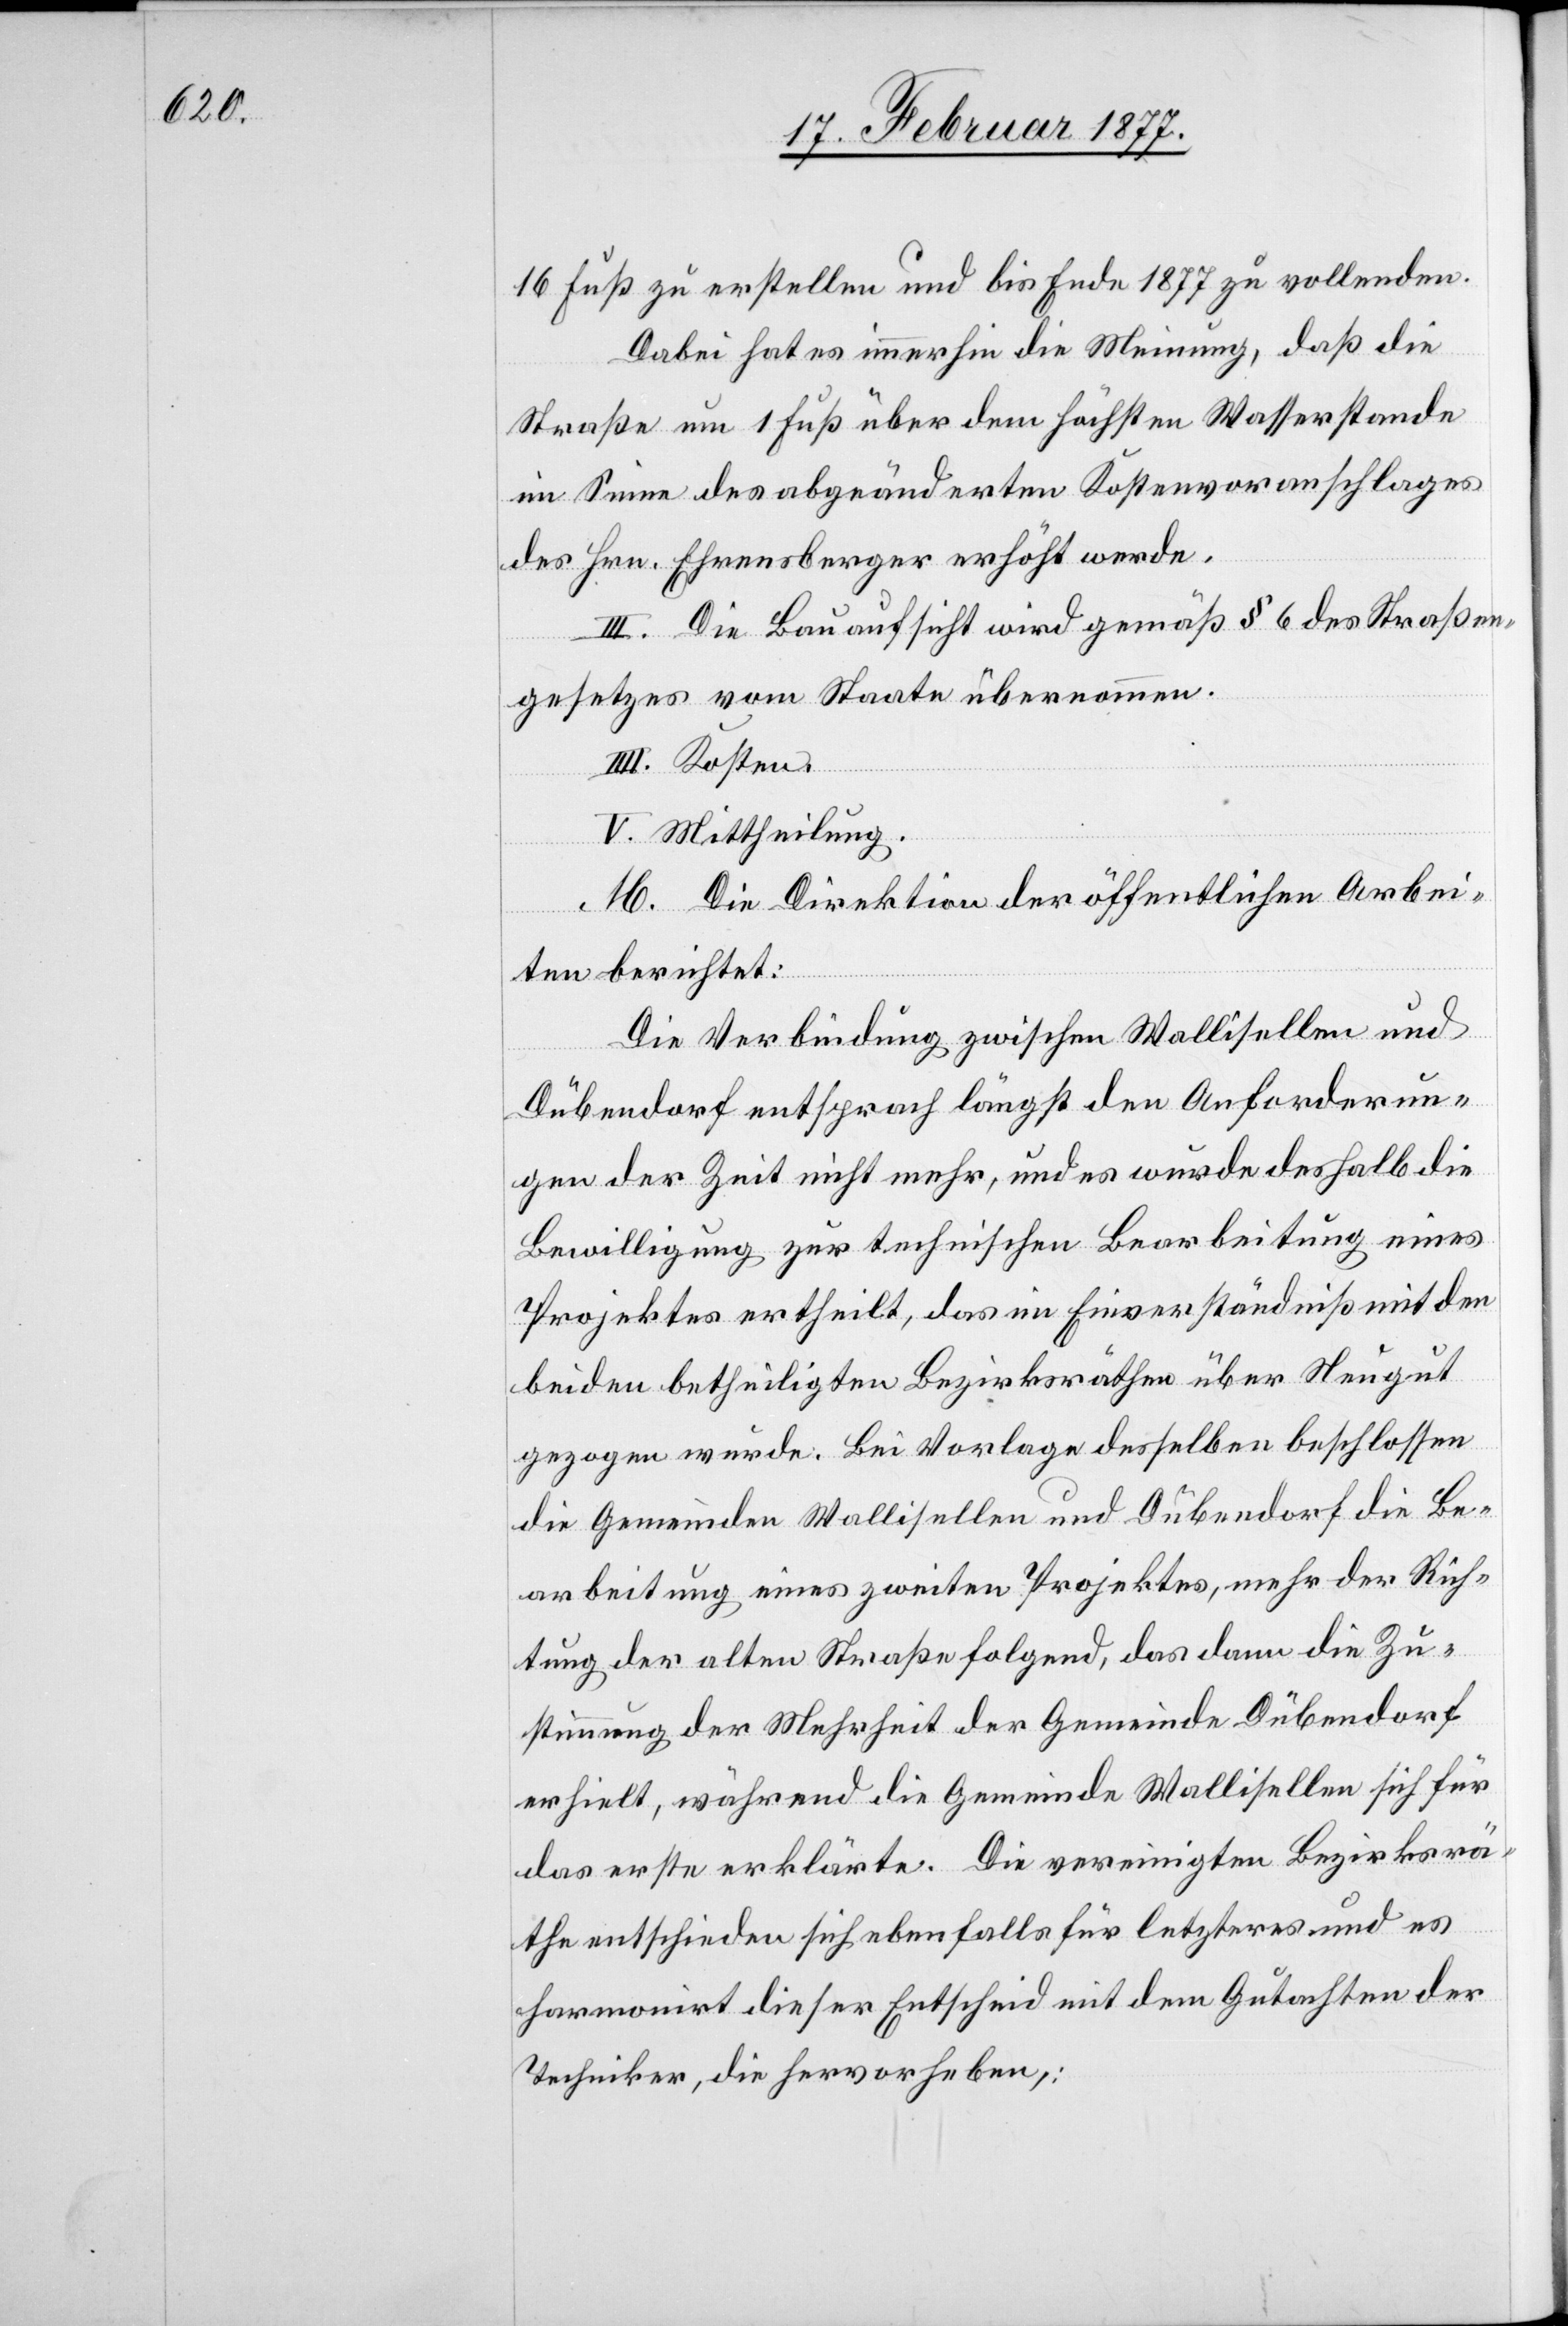
16 Fuß zu erstellen und bis Ende 1877 zu vollenden.
Dabei hat es immerhin die Meinung, daß die
Straße um 1 Fuß über dem höchsten Wasserstande
im Sinne des abgeänderten Kostenvoranschlages
des Hrn. Ehensberger erhöht werde.
III. Die Bauaufsicht wird gemäß § 6 des Straßen¬
gesetzes vom Staate übernommen.
V. Mittheilung.
M. Die Direktion der öffentlichen Arbei¬
ten berichtet:
Die Verbindung zwischen Wallisellen und
Dübendorf entsprach längst den Anforderun¬
gen der Zeit nicht mehr, und es wurde deshalb die
Bewilligung zur technischen Bearbeitung eines
Projektes ertheilt, das im Einverständniß mit den
beiden betheiligten Bezirksräthen über Neugut
gezogen wurde. Bei Vorlage desselben beschlossen
die Gemeinden Wallisellen und Dübendorf die Be¬
arbeitung eines zweite Projektes, mehr der Rich¬
tung der alten Straße folgend, das dann die Zu¬
stimmung der Mehrheit der Gemeinde Dübendorf
erhielt, während die Gemeinde Wallisellen sich für
das erste erklärte. Die vereinigten Bezirksrä¬
the entschieden sich ebenfalls für letzteres und es
harmonirt dieser Entscheid mit dem Gutachten der
Techniker, die hervorheben: